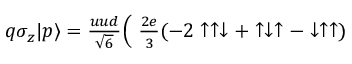
\begin{array} { r l r } { q \sigma _ { z } | p \rangle = { \frac { u u d } { \sqrt { 6 } } } \Big ( \! \! \! \! \! \! \! \! \! \! } & { { } } & { { \frac { 2 e } { 3 } } ( - 2 \uparrow \uparrow \downarrow + \uparrow \downarrow \uparrow - \downarrow \uparrow \uparrow ) } \end{array}